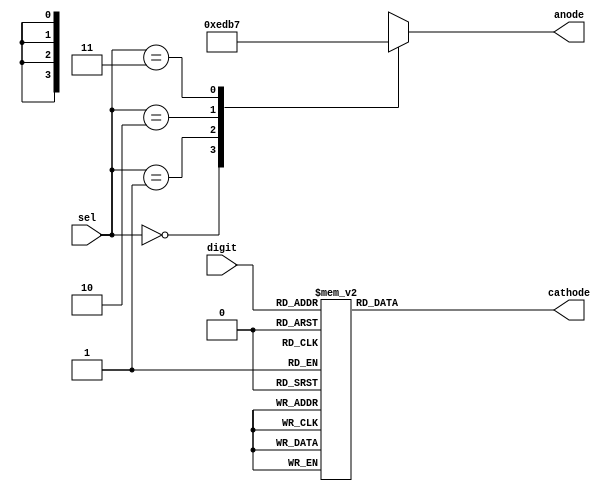
module sseg_driver(
		input wire		[ 3 : 0]	digit,		/* digit to show */
		input wire		[ 1 : 0]	sel,		/* place to show */
		output reg		[ 3 : 0]	anode,		/* common anode enable */
		output reg		[ 6 : 0]	cathode		/* cathode enable */
    );

	/* decode anode enable signal */
	always @(sel) begin
		case(sel)
			2'b00:	anode = 4'b1110;
			2'b01:	anode = 4'b1101;
			2'b10:	anode = 4'b1011;
			2'b11:	anode = 4'b0111;
		endcase
	end
	
	/* decode digit into 7-segment driver output */
	always @(digit) begin
		case(digit)			/*   ABCDEFG */
			4'h0:	cathode = 7'b0000001;
			4'h1:	cathode = 7'b1001111;
			4'h2:	cathode = 7'b0010010;
			4'h3:	cathode = 7'b0000110;
			4'h4:	cathode = 7'b1001100;
			4'h5:	cathode = 7'b0100100;
			4'h6:	cathode = 7'b0100000;
			4'h7:	cathode = 7'b0001111;
			4'h8:	cathode = 7'b0000000;
			4'h9:	cathode = 7'b0000100;
			4'ha:	cathode = 7'b0001000;
			4'hb:	cathode = 7'b1100000;
			4'hc:	cathode = 7'b0110001;
			4'hd:	cathode = 7'b1000010;
			4'he:	cathode = 7'b0110000;
			4'hf:	cathode = 7'b0111000;
		endcase
	end

endmodule